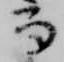
而